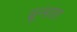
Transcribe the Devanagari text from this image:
ढून्डता